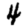
Digit: 4